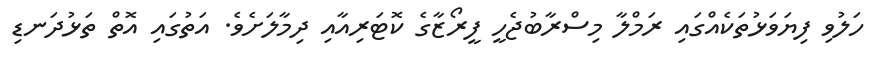
ހަލުވި ފިޔަވަޅުތަކެއްގައި ރަމްލާ މިސްރާބުޖެހީ ފީރޯޒާގެ ކޮޓަރިއާއި ދިމާލަށެވެ. އަތުގައި އޮތް ތަޅުދަނޑި